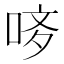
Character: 𠳻